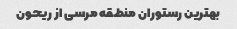
بهترین رستوران منطقه مرسی از ریحون